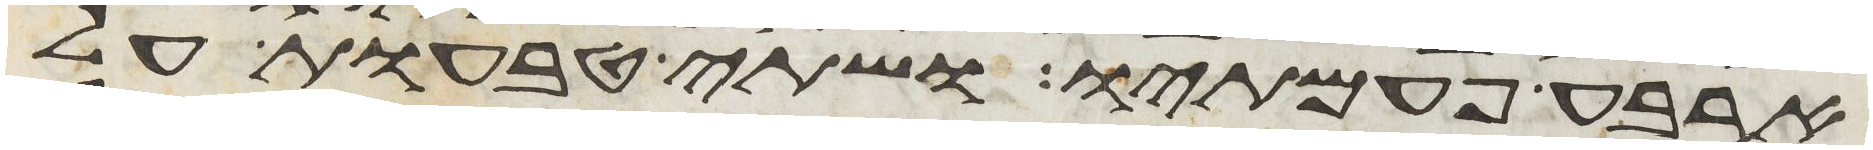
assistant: ארבע פעמתיו ושתי טבעות על